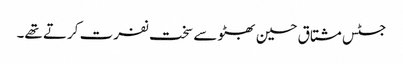
جسٹس مشتاق حسین بھٹو سے سخت نفرت کرتے تھے۔